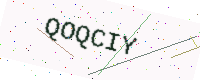
Text: QOQCIY